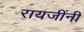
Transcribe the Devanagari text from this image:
रायजींनी